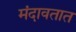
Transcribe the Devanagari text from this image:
मंदावतात